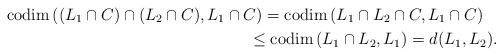
\begin{gather*}{\rm codim\,}((L_1 \cap C)\cap (L_2 \cap C), L_1 \cap C) = {\rm codim\,} (L_1 \cap L_2 \cap C,L_1 \cap C)\\\phantom{{\rm codim\,}((L_1 \cap C)\cap (L_2 \cap C), L_1 \cap C)}\leq {\rm codim\,}(L_1\cap L_2,L_1)= d(L_1,L_2).\end{gather*}